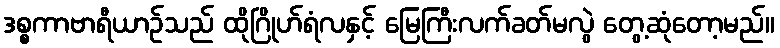
ဒစ္စကာဗာရီယာဉ်သည် ထိုဂြိုဟ်ရံလနှင့် မြေကြီးလက်ခတ်မလွဲ တွေ့ဆုံတော့မည်။